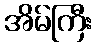
အိမ်ကြီး